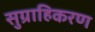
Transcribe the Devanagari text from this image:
सुग्राहिकरण